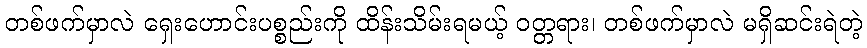
တစ်ဖက်မှာလဲ ရှေးဟောင်းပစ္စည်းကို ထိန်းသိမ်းရမယ့် ဝတ္တရား၊ တစ်ဖက်မှာလဲ မရှိဆင်းရဲတဲ့